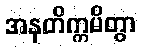
အနတိက္ကမိတွာ